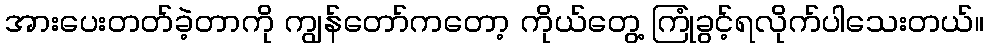
အားပေးတတ်ခဲ့တာကို ကျွန်တော်ကတော့ ကိုယ်တွေ့ ကြုံခွင့်ရလိုက်ပါသေးတယ်။